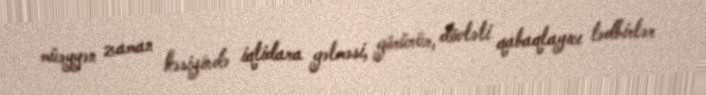
müəyyən zaman kəsiyində iqtidara gəlməsi, görünür, dövləti qabaqlayıcı tədbirlər